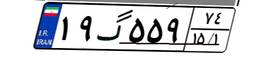
۱۰گ۵۶۸۱۸